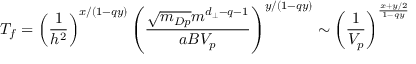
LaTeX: T _ { f } = \left( \frac { 1 } { h ^ { 2 } } \right) ^ { x / ( 1 - q y ) } \left( \frac { \sqrt { m _ { D p } } m ^ { d _ { \perp } - q - 1 } } { a B V _ { p } } \right) ^ { y / ( 1 - q y ) } \sim \left( \frac { 1 } { V _ { p } } \right) ^ { \frac { x + y / 2 } { 1 - q y } }